Civil Veterinary Department Bihar & Orissa reports 1922-29 - 1922-1929
Year: 1922
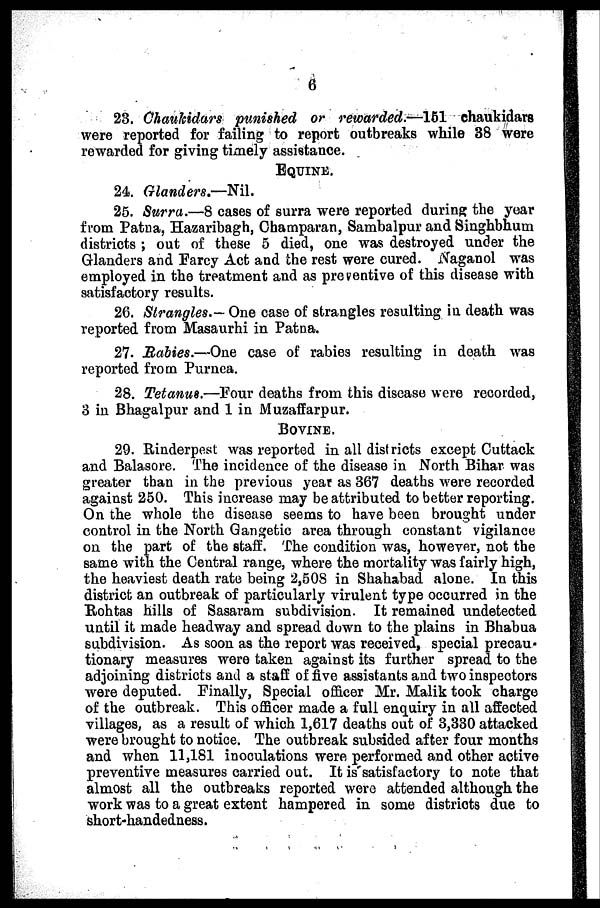
6
23. Chaukidars punished or rewarded.—161 chaukidars
were reported for failing to report outbreaks while 38 were
rewarded for giving timely assistance.
EQUINE.
24. Glanders.—Nil.
25. Surra.—8 cases of surra were reported during the year
from Patna, Hazaribagh, Champaran, Sambalpur and Singhbhum
districts ; out of these 5 died, one was destroyed under the
Glanders and Farcy Act and the rest were cured. Naganol was
employed in the treatment and as preventive of this disease with
satisfactory results.
26. Strangles.— One case of strangles resulting in death was
reported from Masaurhi in Patna.
27. Rabies.—One case of rabies resulting in death was
reported from Purnea.
28. Tetanus.—Four deaths from this disease were recorded,
3 in Bhagalpur and 1 in Muzaffarpur.
BOVINE.
29. Rinderpest was reported in all districts except Cuttack
and Balasore. The incidence of the disease in North Bihar was
greater than in the previous year as 367 deaths were recorded
against 250. This increase may be attributed to better reporting.
On the whole the disease seems to have been brought under
control in the North Gangetic area through constant vigilance
on the part of the staff. The condition was, however, not the
same with the Central range, where the mortality was fairly high,
the heaviest death rate being 2,50S in Shahabad alone. In this
district an outbreak of particularly virulent type occurred in the
Rohtas hills of Sasaram subdivision. It remained undetected
until it made headway and spread down to the plains in Bhabua
subdivision. As soon as the report was received, special precau-
tionary measures were taken against its further spread to the
adjoining districts and a staff of five assistants and two inspectors
were deputed. Finally, Special officer Mr. Malik took charge
of the outbreak. This officer made a full enquiry in all affected
villages, as a result of which 1,617 deaths out of 3,330 attacked
were brought to notice. The outbreak subsided after four months
and when 11,181 inoculations were performed and other active
preventive measures carried out. It is satisfactory to note that
almost all the outbreaks reported were attended although the
work was to a great extent hampered in some districts due to
short-handedness.